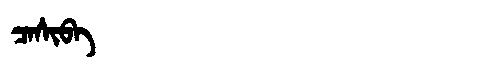
Manchu: ᠴᠠᠰᡳᠪᠠ
Romanization: CASIBA